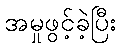
အမှုဖွင့်ခဲ့ပြီး